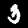
Label: 3